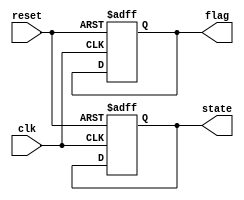
module DefaultStateInitialization (
    input wire clk,           // Clock signal
    input wire reset,         // Active-high reset signal
    output reg [7:0] state,   // Example state output (8-bit register)
    output reg [3:0] flag     // Example flag output (4-bit register)
);

// Initialization values
localparam [7:0] INITIAL_STATE = 8'b00000000; // Default state value
localparam [3:0] INITIAL_FLAG  = 4'b0000;    // Default flag value

// Sequential logic for state initialization
always @(posedge clk or posedge reset) begin
    if (reset) begin
        // State assignment upon reset
        state <= INITIAL_STATE; // Set state to initial value
        flag  <= INITIAL_FLAG;   // Set flags to initial values
    end
    else begin
        // Normal operation logic would go here
        // Example: Update state and flags based on other inputs/signals
    end
end

endmodule